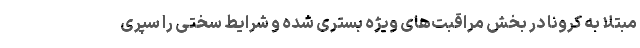
مبتلا به کرونا در بخش مراقبت‌های ویژه بستری شده و شرایط سختی را سپری